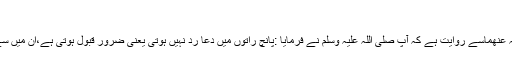
دعا رد نہیں ہوتی
حضرت ابن عمر رضی اللہ عنھماسے روایت ہے کہ آپ صلی اللہ علیہ وسلم نے فرمایا :پانچ راتوں میں دعا رد نہیں ہوتی یعنی ضرور قبول ہوتی ہے،ان میں سے ایک شب برأت بھی ہے۔